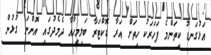
އަޅުގަނޑު ކިތަންމެ ފަހަރަކު ހިތަށް އަރާ ޑޮކްޓަރާ ބަލިމީހާއާ ދެމެދުގައި އޮންނަ ގުޅުން